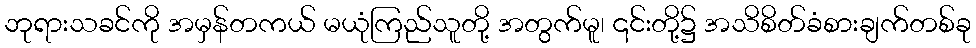
ဘုရားသခင်ကို အမှန်တကယ် မယုံကြည်သူတို့ အတွက်မူ၊ ၎င်းတို့၌ အသိစိတ်ခံစားချက်တစ်ခု